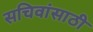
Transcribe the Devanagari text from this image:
सचिवांसाठी